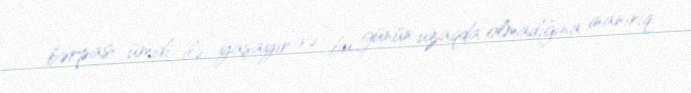
bərpası ümidi ilə yaşayır və bu günün uzaqda olmadığına inanırıq.